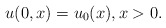
\begin{align*}u(0,x)=u_0(x), x>0.\end{align*}